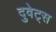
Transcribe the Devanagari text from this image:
दुवेट्स